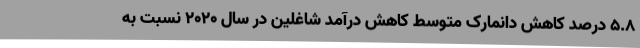
5.8 درصد کاهش دانمارک متوسط کاهش درآمد شاغلین در سال 2020 نسبت به